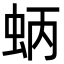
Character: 蛃